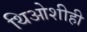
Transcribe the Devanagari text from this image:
थिओशीही